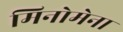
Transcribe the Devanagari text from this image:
मिनोमेना